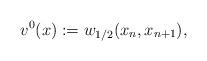
LaTeX: \begin{align*}v^{0}(x):= w_{1/2}(x_n, x_{n+1}),\end{align*}